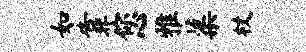
如靠您雅蕖杖